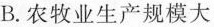
B. 农牧业生产规模大